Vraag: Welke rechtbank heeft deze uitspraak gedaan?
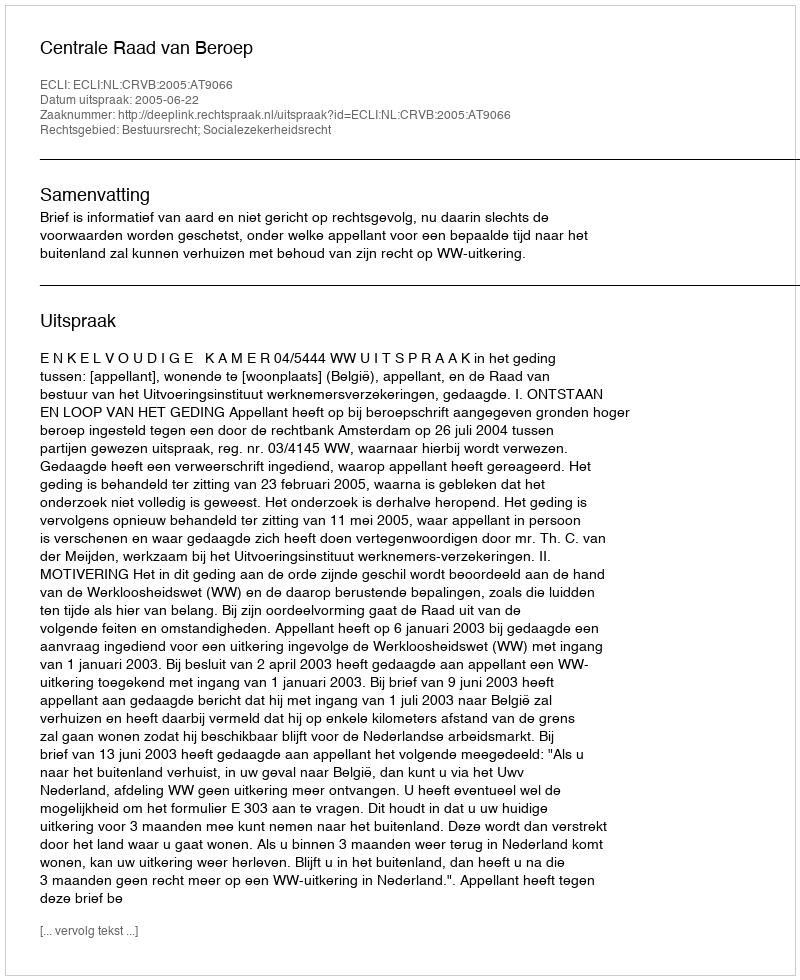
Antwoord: Centrale Raad van Beroep